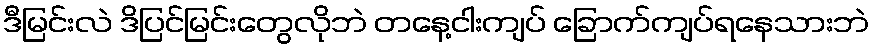
ဒီမြင်းလဲ ဒိပြင်မြင်းတွေလိုဘဲ တနေ့ငါးကျပ် ခြောက်ကျပ်ရနေသားဘဲ